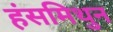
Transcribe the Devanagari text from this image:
हंसमिथुन